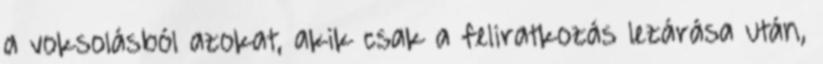
a voksolásból azokat, akik csak a feliratkozás lezárása után,